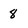
Character: 8